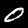
Digit: 0